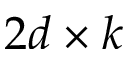
2 d \times k